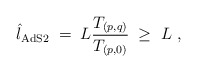
\begin{align*}{\hat l}_{\rm AdS2}\; = \; L { T_{(p,q)}\over T_{(p,0)} }\; \ge \; L \ ,\end{align*}